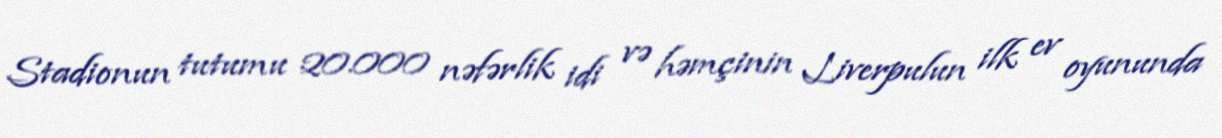
Stadionun tutumu 20.000 nəfərlik idi və həmçinin Liverpulun ilk ev oyununda